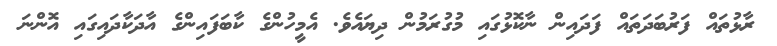
ރާޅުތައް ފަރުބަދަތައް ފަދައިން ނާކޮޅުގައި މުގުރަމުން ދިޔައެވެ. އެމީހުންގެ ކާބަފައިންގެ އާދަކާދައިގައި އޮންނަ